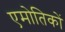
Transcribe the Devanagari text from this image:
एमोतिकों